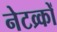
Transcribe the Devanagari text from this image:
नेटव्र्कों